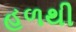
હળથી